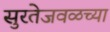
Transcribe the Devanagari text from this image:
सुरतेजवळच्या